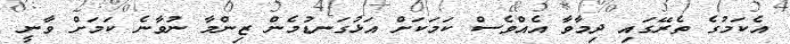
އެކަމުގެ ތެރޭގައި ދިމާވާ އެއްވެސް ކަމަކަށް އަޅުގަނޑުމެން ޒިންމާ ނުވާނެ ކަމަށް ވާނީ